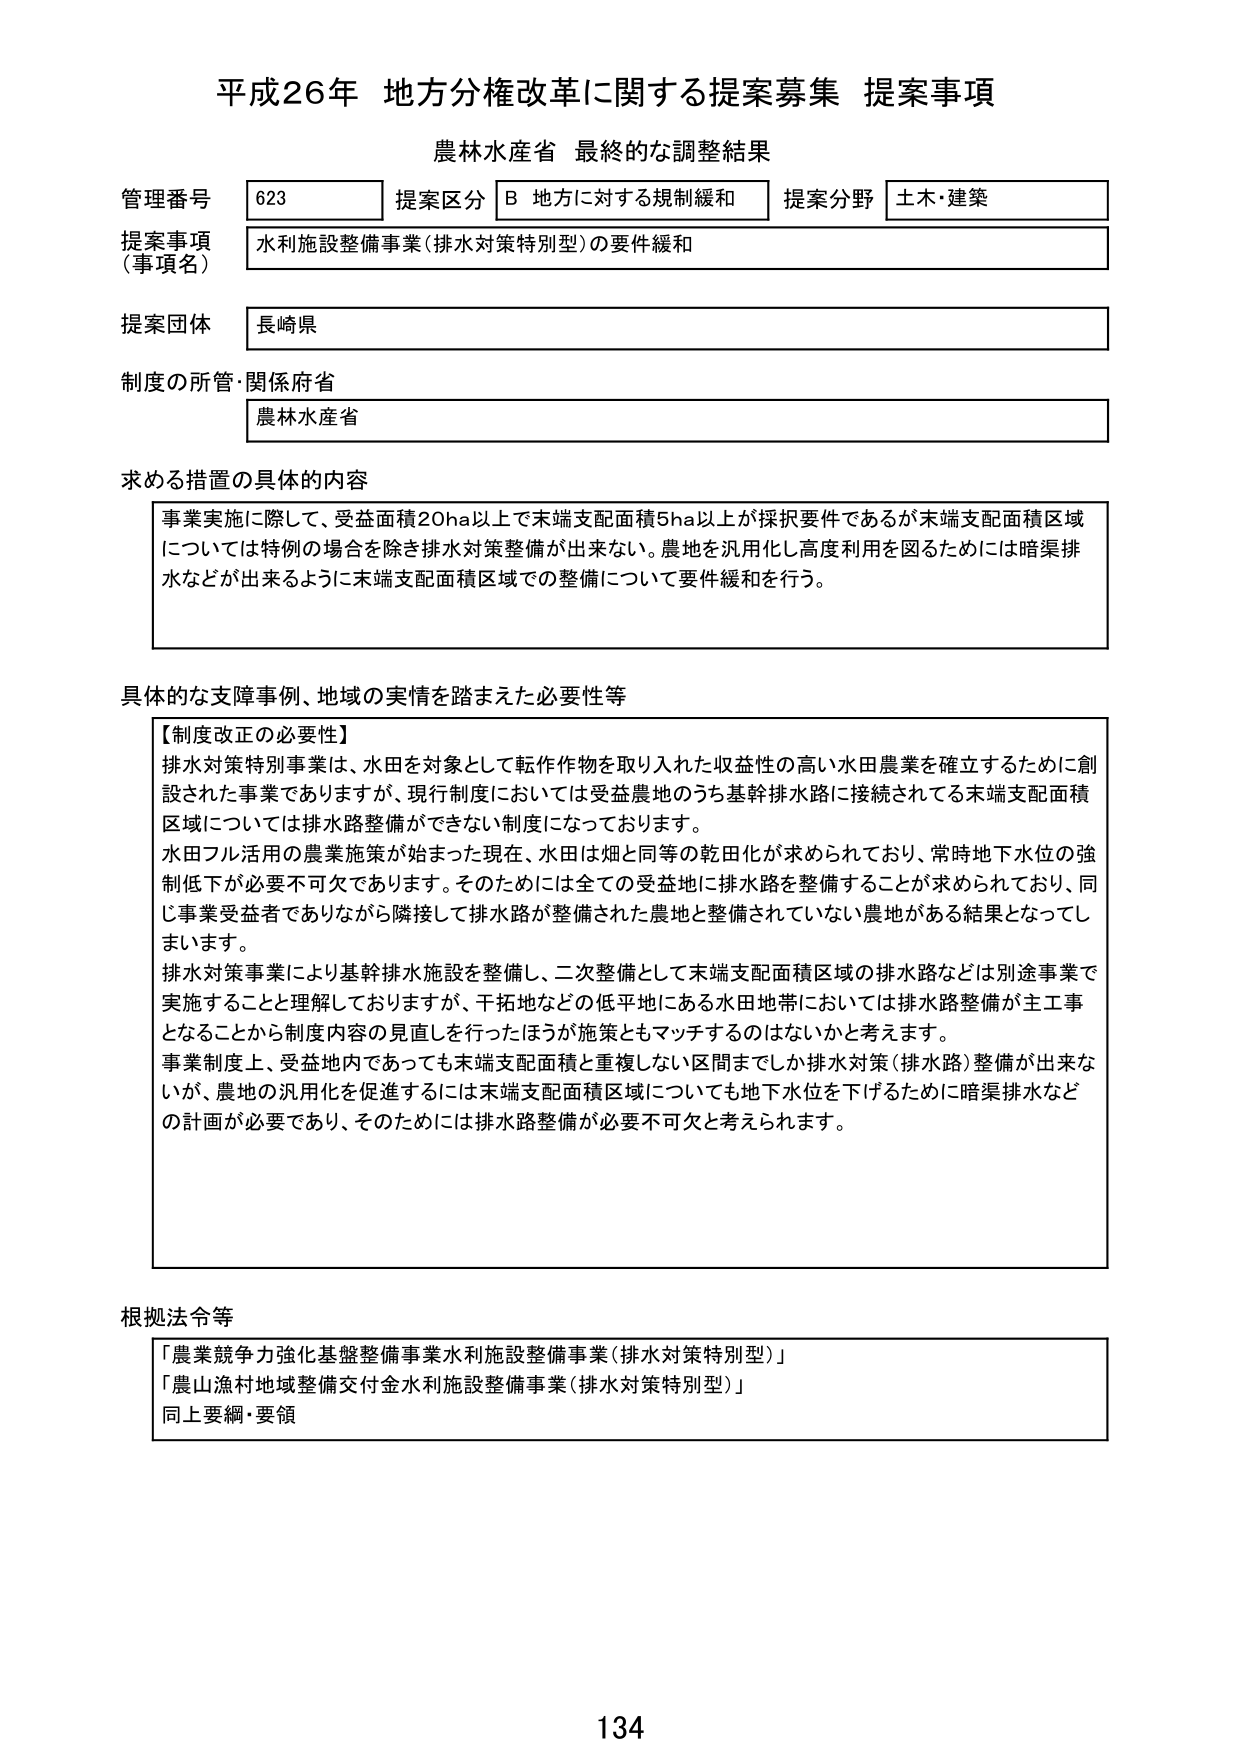
平成26年 地方分権改革に関する提案募集 提案事項
農林水産省 最終的な調整結果

管理番号 623 提案区分 B 地方に対する規制緩和 提案分野 土木・建築
提案事項（事項名） 水利施設整備事業（排水対策特別型）の要件緩和
提案団体 長崎県
制度の所管・関係府省 農林水産省

求める措置の具体的内容
事業実施に際して、受益面積20ha以上で末端支配面積5ha以上が採択要件であるが末端支配面積区域については特別の場合を除き排水対策整備が出来ない。農地を汎用化し高度利用を図るためには暗渠排水などが出来るように末端支配面積区域での整備について要件緩和を行う。

具体的な支障事例、地域の実情を踏まえた必要性等
【制度改正の必要性】
排水対策特別事業は、水田を対象として転作作物を取り入れた収益性の高い水田農業を確立するために創設された事業でありますが、現行制度においては受益農地のうち基幹排水路に接続されている末端支配面積区域については排水路整備ができない制度になっております。
水田フル活用の農業施策が始まった現在、水田は畑と同等の乾田化が求められており、常時地下水位の強制低下が必要不可欠であります。そのためには全ての受益地に排水路を整備することが求められており、同じ事業受益者でありながら隣接して排水路が整備された農地と整備されていない農地がある結果となってします。
排水対策事業により基幹排水施設を整備し、二次整備として末端支配面積区域の排水路などは別途事業で実施することと理解しておりますが、干拓地などの低平地にある水田地帯においては排水路整備が主工事となることから制度内容の見直しを行ったほうが施策ともマッチするのではないかと考えます。
事業制度上、受益地内であっても末端支配面積と重複しない区間までしか排水対策（排水路）整備が出来ないが、農地の汎用化を促進するには末端支配面積区域についても地下水位を下げるために暗渠排水などの計画が必要であり、そのためには排水路整備が必要不可欠と考えられます。

根拠法令等
「農業競争力強化基盤整備事業水利施設整備事業（排水対策特別型）」
「農山漁村地域整備交付金水利施設整備事業（排水対策特別型）」
同上要綱・要領

134